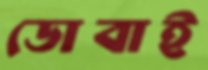
ডোবাই